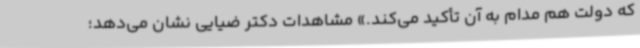
که دولت هم مدام به آن تأکید می‌کند.» مشاهدات دکتر ضیایی نشان می‌دهد؛